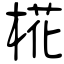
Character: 椛